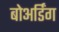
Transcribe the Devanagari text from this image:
बोअर्डिंग